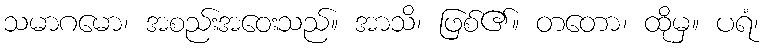
သမာဂမော၊ အစည်းအဝေးသည်။ အာသိ၊ ဖြစ်၏။ တတော၊ ထိုမှ။ ပရံ၊